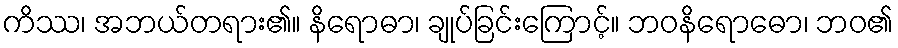
ကိဿ၊ အဘယ်တရား၏။ နိရောဓာ၊ ချုပ်ခြင်းကြောင့်။ ဘဝနိရောဓော၊ ဘဝ၏